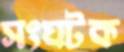
সংঘটক